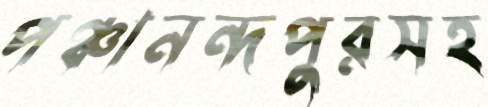
পঞ্চানন্দপুরসহ